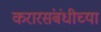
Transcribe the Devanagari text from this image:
करारसंबंधीच्या